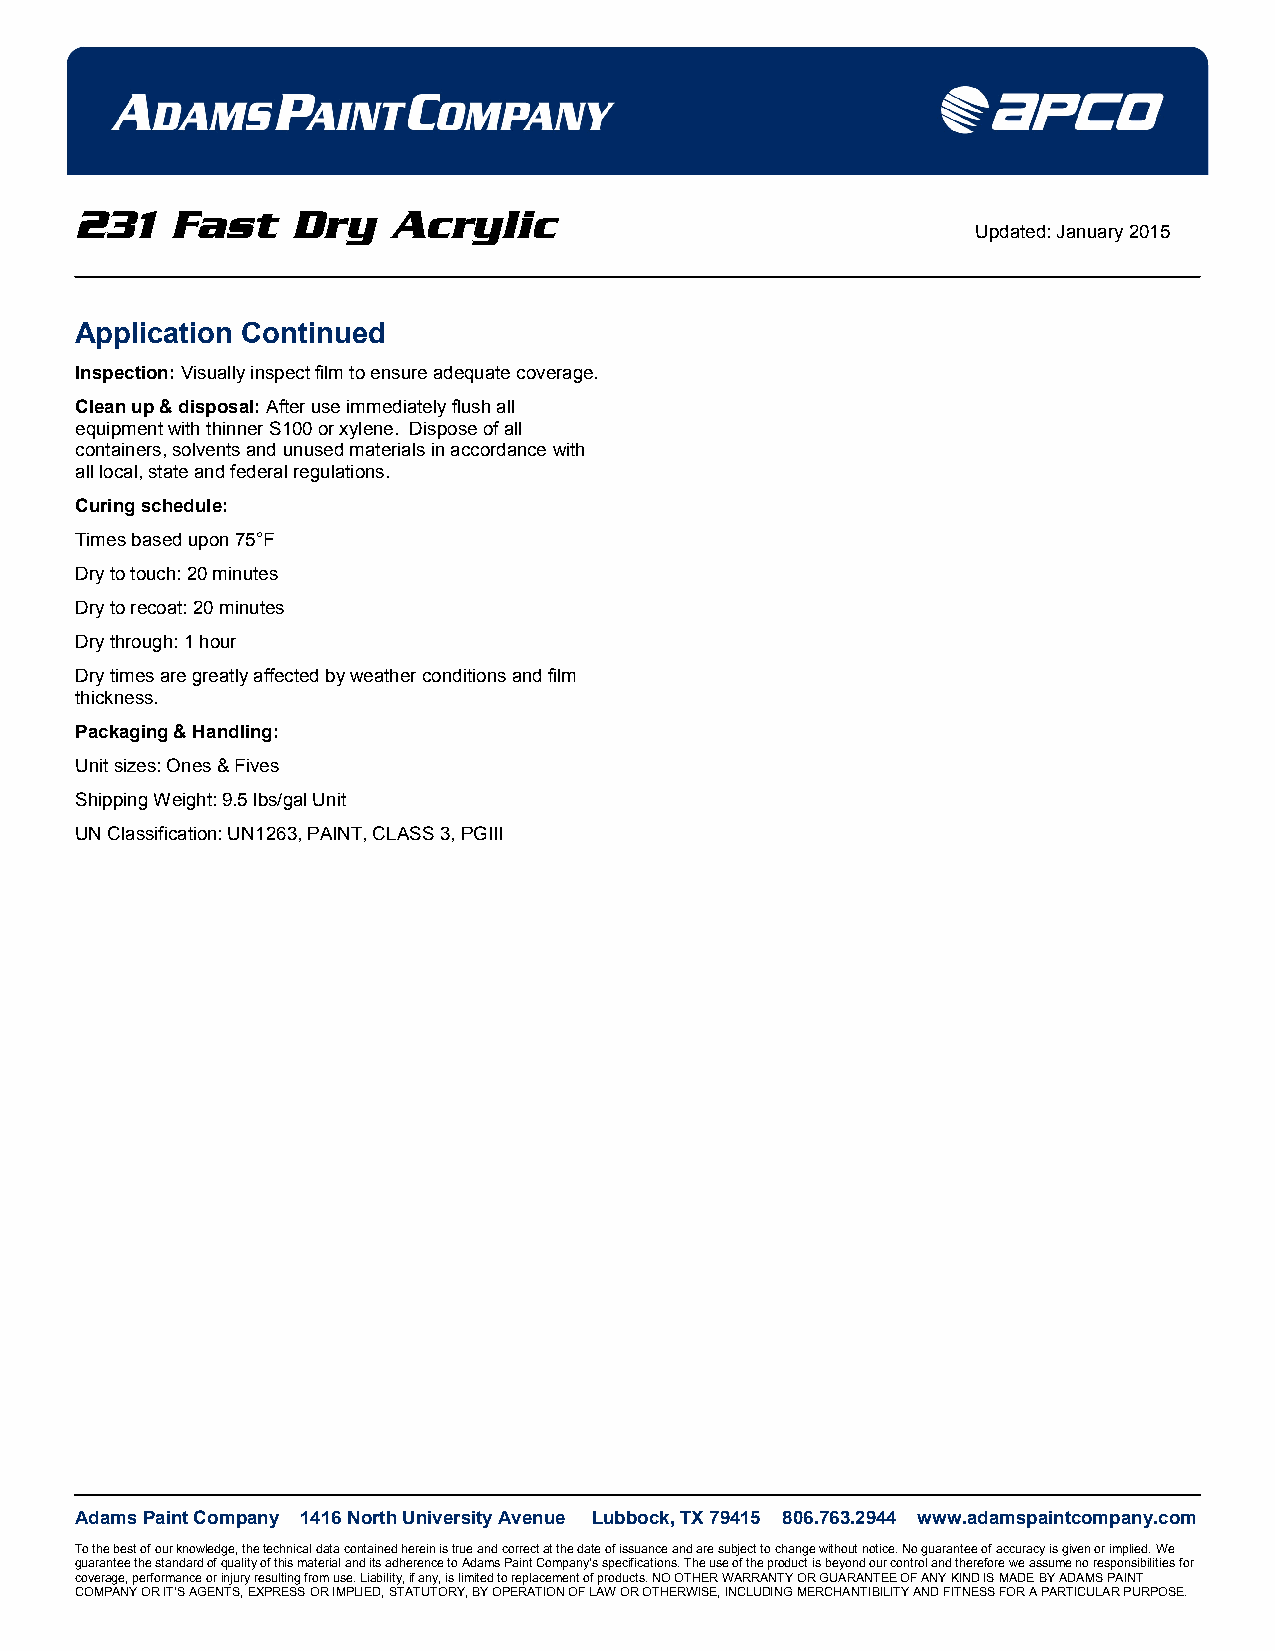
231   Fast    Dry    Acrylic
 Updated: January 2015
 Application Continued
 Inspection: Visually inspect film to ensure adequate coverage.
 Clean up & disposal: After use immediately flush all
 equipment with thinner S100 or xylene. Dispose of all
 containers, solvents and unused materials in accordance with
 all local, state and federal regulations.
 Curing schedule:
 Times based upon 75°F
 Dry to touch: 20 minutes
 Dry to recoat: 20 minutes
 Dry through: 1 hour
 Dry times are greatly affected by weather conditions and film
 thickness.
 Packaging & Handling:
 Unit sizes: Ones & Fives
 Shipping Weight: 9.5 lbs/gal Unit
 UN Classification: UN1263, PAINT, CLASS 3, PGIII
 Adams Paint Company 1416 North University Avenue Lubbock, TX 79415 806.763.2944 www.adamspaintcompany.com
 To the best of our knowledge, the technical data contained herein is true and correct at the date of issuance and are subject to change without notice. No guarantee of accuracy is given or implied. We
 guarantee the standard of quality of this material and its adherence to Adams Paint Company’s specifications. The use of the product is beyond our control and therefore we assume no responsibilities for
 coverage, performance or injury resulting from use. Liability, if any, is limited to replacement of products. NO OTHER WARRANTY OR GUARANTEE OF ANY KIND IS MADE BY ADAMS PAINT
 COMPANY OR IT’S AGENTS, EXPRESS OR IMPLIED, STATUTORY, BY OPERATION OF LAW OR OTHERWISE, INCLUDING MERCHANTIBILITY AND FITNESS FOR A PARTICULAR PURPOSE.